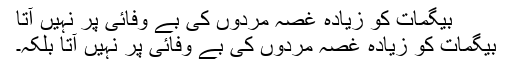
بیگمات کو زیادہ غصہ مردوں کی بے وفائی پر نہیں آتا
بیگمات کو زیادہ غصہ مردوں کی بے وفائی پر نہیں آتا بلکہ۔